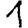
Digit: 1